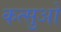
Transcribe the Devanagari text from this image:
कत्सुओ